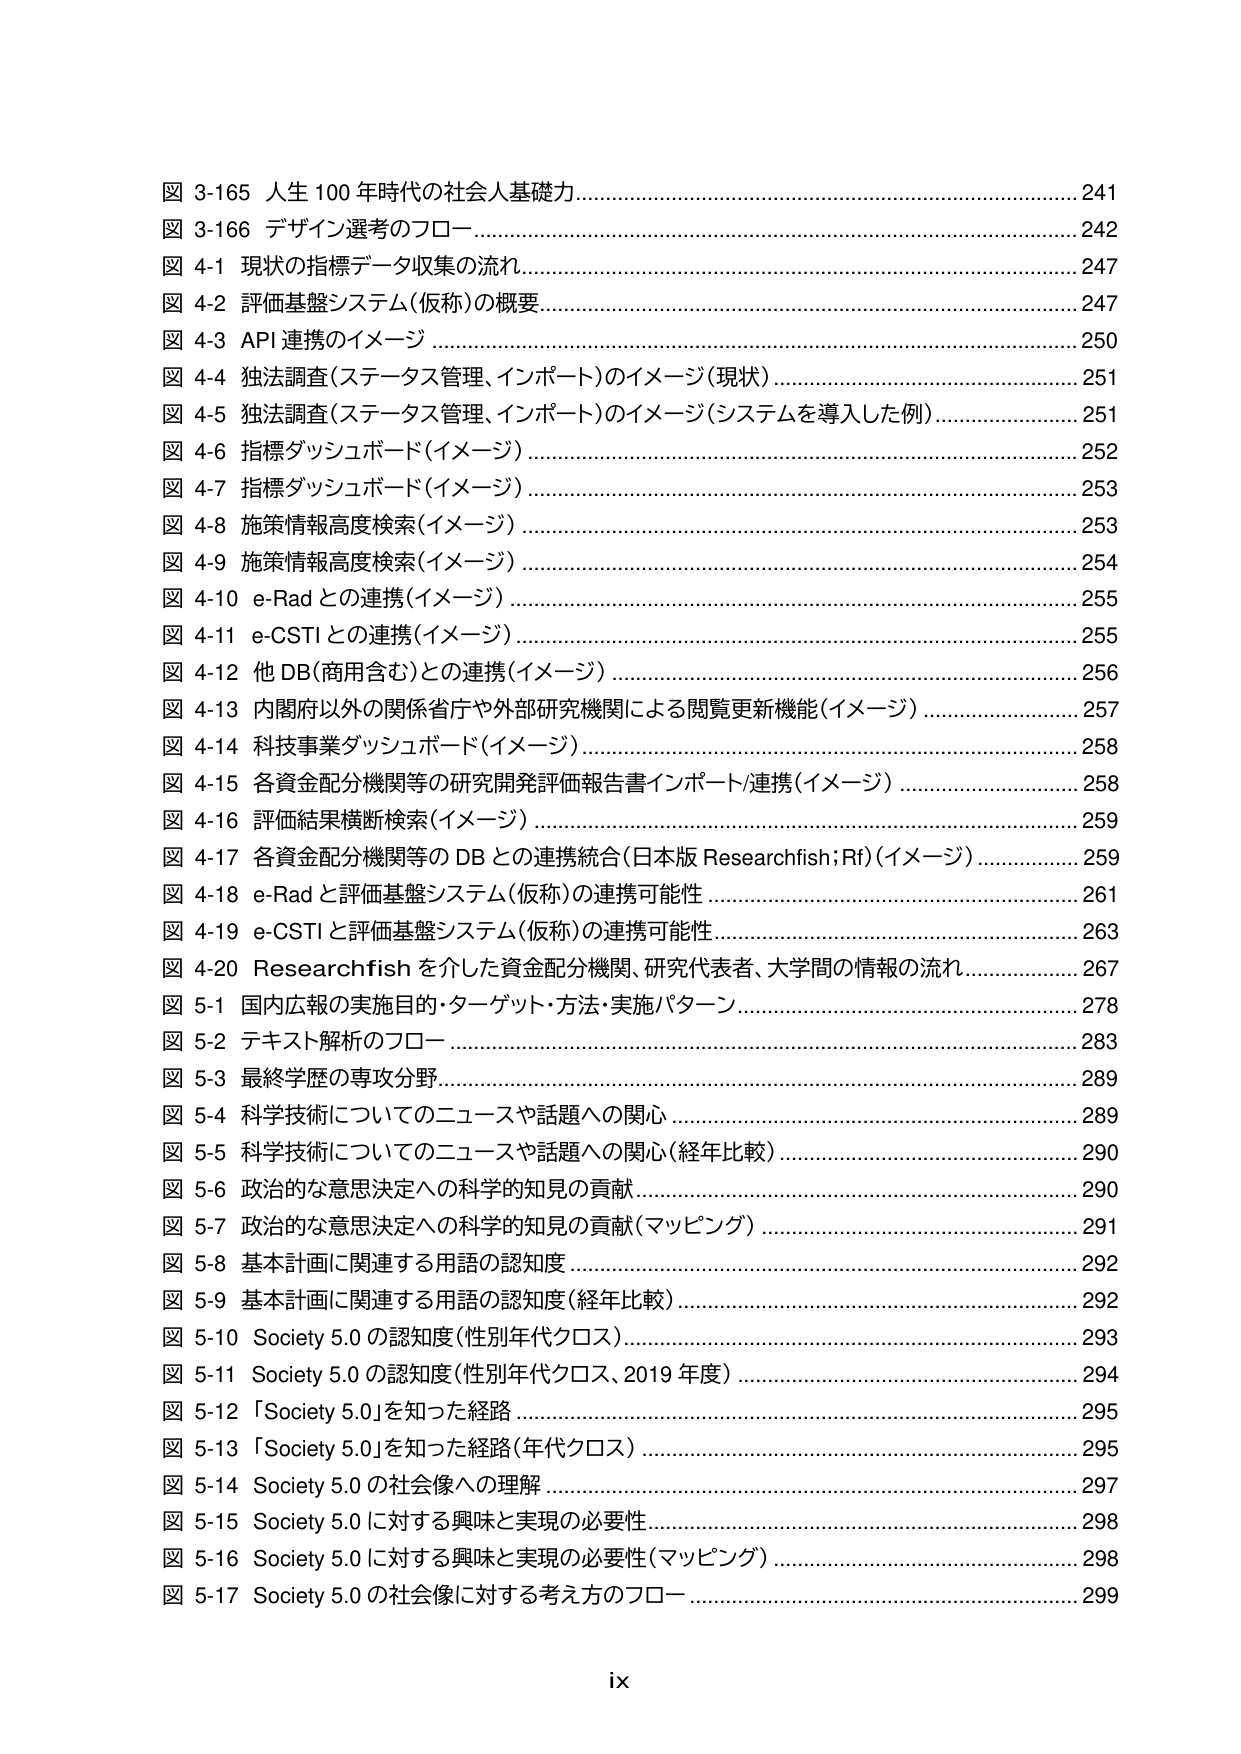
図 3-165 人生 100 年時代の社会人基礎力.........................................................241
図 3-166 デザイン選考のフロー........................................................................242
図 4-1 現状の指標データ収集の流れ.................................................................247
図 4-2 評価基盤システム(仮称)の概要...............................................................247
図 4-3 API 連携のイメージ................................................................................250
図 4-4 独法調査(ステータス管理、インポート)のイメージ(現状)........................251
図 4-5 独法調査(ステータス管理、インポート)のイメージ(システムを導入した例)....251
図 4-6 指標ダッシュボード(イメージ).................................................................252
図 4-7 指標ダッシュボード(イメージ).................................................................253
図 4-8 施策情報高度検索(イメージ).................................................................253
図 4-9 施策情報高度検索(イメージ).................................................................254
図 4-10 e-Rad との連携(イメージ)...................................................................255
図 4-11 e-CSTI との連携(イメージ)..................................................................255
図 4-12 他 DB(商用含む)との連携(イメージ)...................................................256
図 4-13 内閣府以外の関係省庁や外部研究機関による閲覧更新機能(イメージ).......257
図 4-14 科技事業ダッシュボード(イメージ)......................................................258
図 4-15 各資金配分機関等の研究開発評価報告書インポート/連携(イメージ).......258
図 4-16 評価結果横断検索(イメージ).................................................................259
図 4-17 各資金配分機関等の DB との連携統合(日本版 Researchfish;Rf)(イメージ)259
図 4-18 e-Rad と評価基盤システム(仮称)の連携可能性.....................................261
図 4-19 e-CSTI と評価基盤システム(仮称)の連携可能性...................................263
図 4-20 Researchfish を介した資金配分機関、研究代表者、大学間の情報の流れ...267
図 5-1 国内広報の実施目的・ターゲット・方法・実施パターン...........................278
図 5-2 テキスト解析のフロー...........................................................................283
図 5-3 最終学歴の専攻分野...........................................................................289
図 5-4 科学技術についてのニュースや話題への関心.........................................289
図 5-5 科学技術についてのニュースや話題への関心(経年比較)........................290
図 5-6 政治的な意思決定への科学的知見の貢献...............................................290
図 5-7 政治的な意思決定への科学的知見の貢献(マッピング).............................291
図 5-8 基本計画に関連する用語の認知度........................................................292
図 5-9 基本計画に関連する用語の認知度(経年比較).........................................292
図 5-10 Society 5.0 の認知度(性別年代クロス)................................................293
図 5-11 Society 5.0 の認知度(性別年代クロス、2019 年度)...............................294
図 5-12 「Society 5.0」を知った経路..............................................................295
図 5-13 「Society 5.0」を知った経路(年代クロス)...........................................295
図 5-14 Society 5.0 の社会像への理解.............................................................297
図 5-15 Society 5.0 に対する興味と実現の必要性............................................298
図 5-16 Society 5.0 に対する興味と実現の必要性(マッピング)..........................298
図 5-17 Society 5.0 の社会像に対する考え方のフロー......................................299
ix